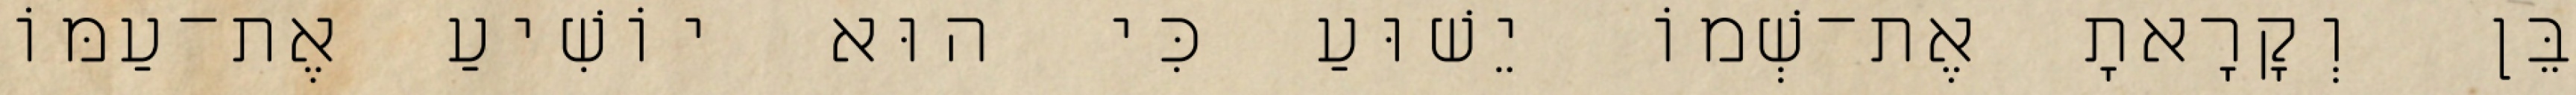
בֵּן וְקָרָאתָ אֶת־שְׁמוֹ יֵשׁוּעַ כִּי הוּא יוֹשִׁיעַ אֶת־עַמּוֹ